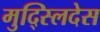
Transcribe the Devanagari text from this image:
मुद्स्लिदेस